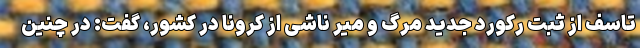
تاسف از ثبت رکورد جدید مرگ و میر ناشی از کرونا در کشور، گفت: در چنین